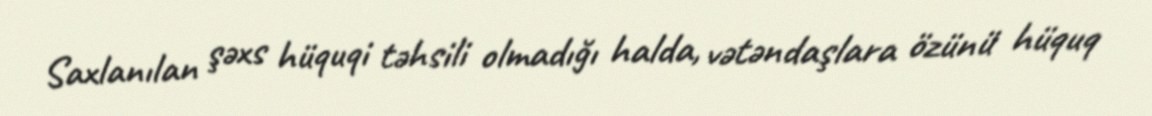
Saxlanılan şəxs hüquqi təhsili olmadığı halda, vətəndaşlara özünü hüquq